Leaving Certificate Examination, 1907
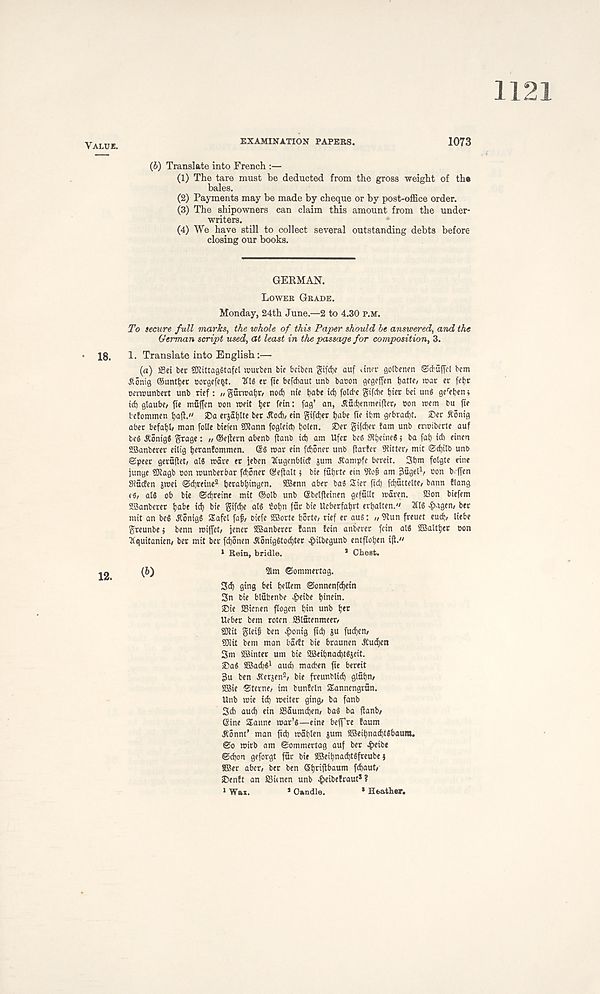
VALUE.
EXAMINATION PAPERS.
1073
18.
12.
(b) Translate into French :—
(1) The tare must be deducted from the gross weight of tha
bales.
(2) Payments may be made by cheque or by post-office order.
(3) The shipowners can claim this amount from the under-
writers.
(4) We have still to collect several outstanding debts before
closing our books.
GERMAN.
LOWER GRADE.
Monday, 24th June.—2 to 4.30 P.M.
To secure full marks, the whole of this Paper should be answered, and the
German script used, at least in the passage for composition, 3.
1. Translate into English:—
(а) SEei ber SOlittagStafcl rourben bie fcciben <?if<f)e auf dncr gotbenen ©cfuffcl bcm
flonig ©unttjfr sorgcfe&t. 'Wig er fte befdiaut unb bacon gegeffen tjatte, mar er fefcr
ocnounbert unb rtef: „ guncatjr/ nod) me tjate id) fold'e gifdie tjier bei unS ge f el)en)
id) glaube/ fie muffcn con refit tjer ffin: fag’ an, Aud)enmeifter, eon teem bu fie
teJommen ijafi." ®a erjdiilte bet dtod), ein gifdjer tjabe fie ibm gebrad)t. ©er ftonig
abet befall/ man folle biefen 5Dtann fogteid) tjolen. ©er gifdjer !am unb eneiberte auf
beg ^onigg grage: « ©e|tern abenb jtanb id) am Ufet beg Stijemeg} ba fai) id) einen
SSanberet eilig ijeranfommen. ©g mar ein fd)5ner unb fiarfer iRitteo mit ©d)il0 unb
©peer gerfiflet, alg mare er jeben JCugenblict jum JCampfe bereit. Sbm folgte eine
junge SDtagb con munberbar fd)5ner ©eftalt; bie fut)rte ein 9to§ am Sugelb con b>|fen
Siuden jmei ©djreine 2 ijerabtjingen. SBenn aber bag Sier fid) fd)iittelte, bann flang
(5, alg ob bie ©djreine mit ©olb unb ©belfteinen gefullt maren.
S3on biefem
SBanberer l)abe id) bie gifdje alg £ot)n fur bie Ueberfal)rt ertjalten." 2llg ^ragen/ ber
mit an beg Jtonigg Safcl faf/ oiefe 2Borte borte/ rief er aug: /, 9tun freuet eu^ Hebe
greunbe* benn roijfet/ jener 2Banberer !ann !ein anberer fein alg 2Baltfyer eon
Iquitanien/ ber mit ber fdjonen A5niggtod)ter |>ilbegunb entfIot)en ijl."
1 Rein, bridle.
* Chest.
(б)
2lm ©ommertag.
3d) ging bei fjellem ©onnenfdjein
3n bie blubenbe ^reibe bm«m-
©ie SSicnen flogen bin unb b*t
Ueber bem roten aSlutenmeer,
SJlit gleii ben ^>onig fid) ju fudjem
?01it bem man badt bie braunen dCui^cn
3m ©inter urn bie ©eibnad)tgjeit.
©ag ©ad)g' aud) macben fie bereit
3u ben Jterjen 3 , bie freunblid) glubm
©ie Sterne, im bunfeln Sannengrun.
Unb mie id) meiter ging, ba fanb
3d) aud) ein 2S5umd)en, bag ba flanb/
(Sine Sanne mar’g—tine beff’re faum
dC5nnt’ man fid) mSblen jum ©eibnad)tgbaum.
©o mirb am ©ommertag auf ber ^reibe
©d)on geforgt fur bie ©eibnad)tgfreube}
©er aber, ber ben Sbiiili 501 * 111 fd)aut,
©enft an SBunen unb ^eibefraut* ?
1
Wax.
* Candle.
* Heather.